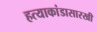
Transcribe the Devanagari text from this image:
हत्याकांडासारखी